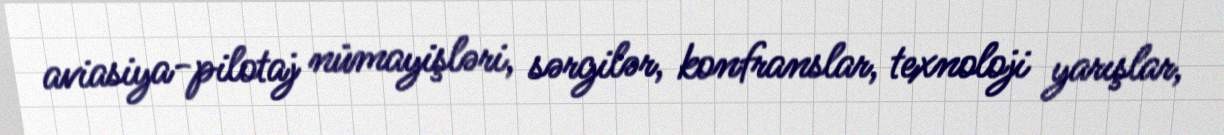
aviasiya-pilotaj nümayişləri, sərgilər, konfranslar, texnoloji yarışlar,